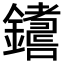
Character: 𨮚